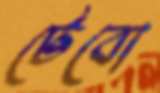
টেবো